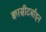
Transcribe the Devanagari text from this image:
क्वासीटर्बाइन